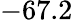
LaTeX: -67.2